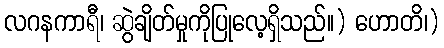
လဂနကာရီ၊ ဆွဲချိတ်မှုကိုပြုလေ့ရှိသည်။) ဟောတိ၊)